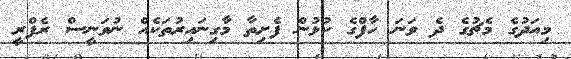
މިއަދުގެ މެޗުގެ ދެ ވަނަ ހާފްގެ ކުޅުން ފެށިތާ މާގިނައިރުތަކެއް ނުވަނީސް ރެފްރީ